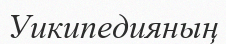
Уикипедияның